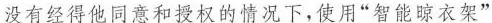
没有经得他同意和授权的情况下，使用“智能晾衣架”